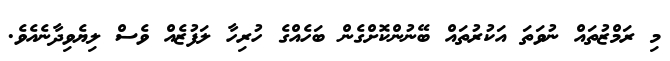
މި ރަމްޒުތައް ނުވަތަ އަކުރުތައް ބޭނުންކޮށްގެން ބަހެއްގެ ހުރިހާ ލަފުޒެއް ވެސް ލިޔެވިދާނެއެވެ.